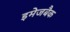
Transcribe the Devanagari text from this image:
इमेजबैक